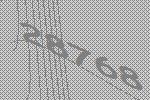
28768